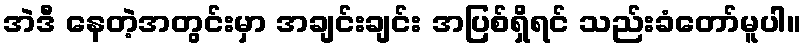
အဲဒီ နေတဲ့အတွင်းမှာ အချင်းချင်း အပြစ်ရှိရင် သည်းခံတော်မူပါ။